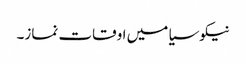
نیکوسیا میں اوقات نماز۔